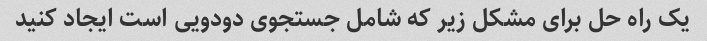
یک راه حل برای مشکل زیر که شامل جستجوی دودویی است ایجاد کنید